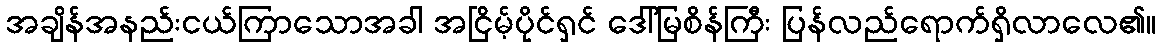
အချိန်အနည်းငယ်ကြာသောအခါ အငြိမ့်ပိုင်ရှင် ဒေါ်မြစိန်ကြီး ပြန်လည်ရောက်ရှိလာလေ၏။